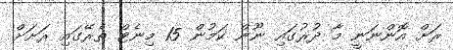
ރަށް އޮންނަނީ މާ ދުރުގައި ނޫން ކަމުން 15 މިނެޓް ތެރޭގައި ރަށަށް